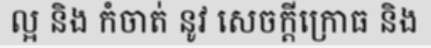
ល្អ និង កំចាត់ នូវ សេចក្តីក្រោធ និង